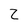
Character: 2